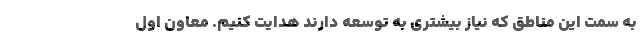
به سمت این مناطق که نیاز بیشتری به توسعه دارند هدایت کنیم. معاون اول